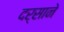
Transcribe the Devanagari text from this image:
दर्साने